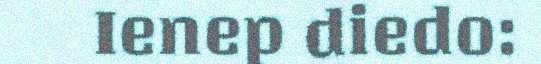
Ienep diedo: